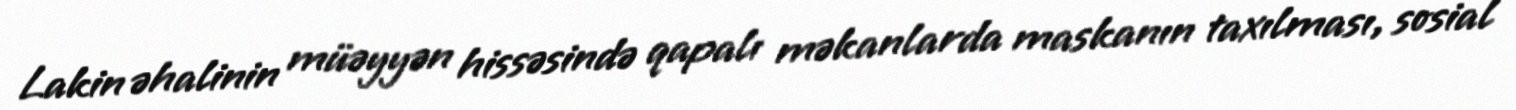
Lakin əhalinin müəyyən hissəsində qapalı məkanlarda maskanın taxılması, sosial